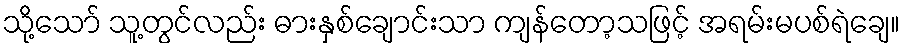
သို့သော် သူ့တွင်လည်း ဓားနှစ်ချောင်းသာ ကျန်တော့သဖြင့် အရမ်းမပစ်ရဲချေ။